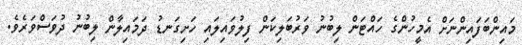
މައިންބަފައިންނަށް އެމީހުންގެ ހައްޓަން ލިބުނު ވަރުބަލިކަން ފިލުވައިލައި ހަށިގަނޑު ދަމައިލާން ލިބުނު ދުވަސްވަރެވެ.